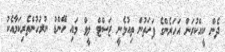
ދެން ކީއްކުރަން އަހަރެންގެ ފަހަތުން ތިއުޅެނީ ޖަސްޓް ލީވް މައި ހޭންޑް ނުރުހުންތެރިކަމާއެކު